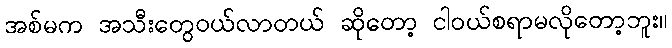
အစ်မက အသီးတွေဝယ်လာတယ် ဆိုတော့ ငါဝယ်စရာမလိုတော့ဘူး။